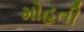
મોહતી